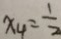
x _ { 4 } = \frac { 1 } { 2 }